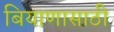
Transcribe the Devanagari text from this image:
बियाणासाठी